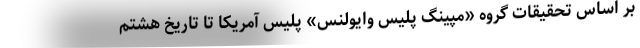
بر اساس تحقیقات گروه «مپینگ پلیس وایولنس» پلیس آمریکا تا تاریخ هشتم